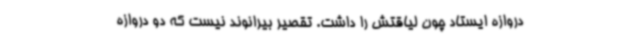
دروازه ایستاد چون لیاقتش را داشت. تقصیر بیرانوند نیست که دو دروازه